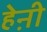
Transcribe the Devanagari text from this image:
हेऩी